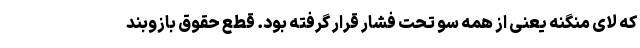
که لای منگنه یعنی از همه سو تحت فشار قرار گرفته بود. قطع حقوق بازوبند